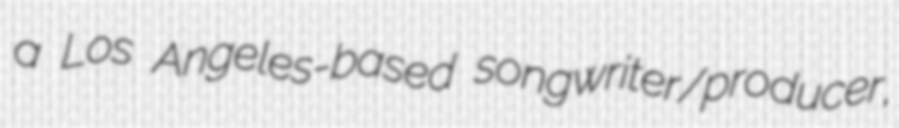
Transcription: a Los Angeles-based songwriter/producer,